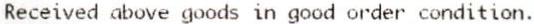
RECEIVED ABOVE GOODS IN GOOD ORDER CONDITION.